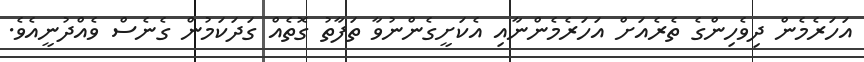
އަހަރެމެން ދިވެހިންގެ ތެރެއަށް އަހަރެމެންނާއި އެކަށީގެންނުވާ ތަފާތު ގޮތެއް ގަދަކަމުން ގެނެސް ވެއްދުނީއެވެ.